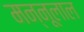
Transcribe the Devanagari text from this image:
मन्नूलाल